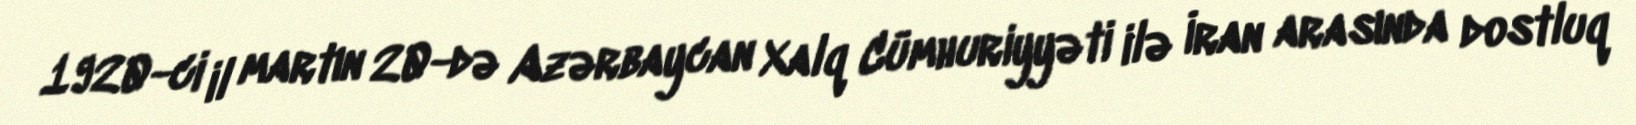
1920-ci il martın 20-də Azərbaycan Xalq Cümhuriyyəti ilə İran arasında dostluq